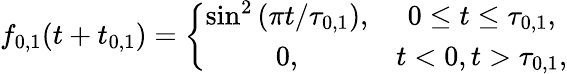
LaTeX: f_{0,1}(t+t_{0,1})=\left\{ \begin{array}{cc}{\sin^{2}\left(\pi t/\tau_{0,1}\right),}&{0\leq t\leq\tau_{0,1},}\\ {0,}&{t<0,t>\tau_{0,1},}\end{array}\right.